Annual report on the Civil Veterinary Department, Burma (including the Insein Veterinary School) - 1932-1941
Year: 1932
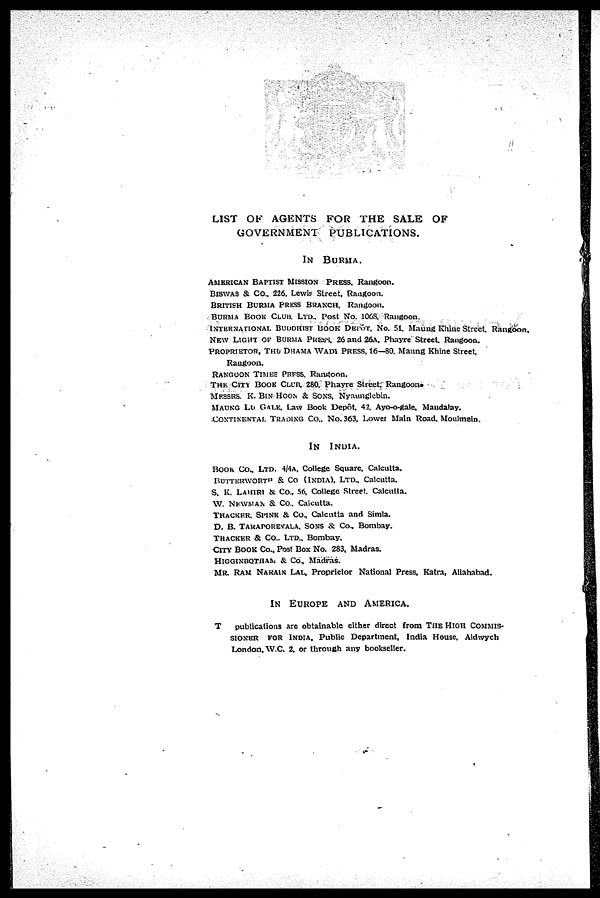
LIST OF AGENTS FOR THE SALE OF
GOVERNMENT PUBLICATIONS.
IN BURMA.
AMERICAN BAPTIST MISSION PRESS. Rangoon.
BISWAS & Co.. 226. Lewis Street. Rangoon.
BRITISH BURMA PRESS BRANCH. Rangoon.
BURMA BOOK CLUB. LTD.. Post No. 106S. Rangoon.
INTERNATIONAL BUDDHIST BOOK DEPOT. NO. 51. Mating Khine Street. Rangoon.
NEW LIGHT OK BURMA PRESS. 26 and 26A. Phayre Street Rangoon.
PROPRIETOR, THU DHAMA WADI PRESS. 16—80. Maung Khine Street,
Rangoon.
RANGOON TIMES PRESS. Rangoon.
THE CITY BOOK CLUB. 280. Phayre Street. Rangoon.
MESSRS. K. BIN HOON & SONS. Nyaunglebin.
MATING LU GALK, Law Book Depôt. 42. Ayc-o-gale. Maudalay.
CONTINENTAL TRADISG Co.. No. 363. Lower Main Road. Moulmeln.
IN
INDIA.
BOOK Co., LTD. 4/4A. College Square. Calcutta.
BUTTERWORTH & Co (INDIA). LTD.. Calcutta.
S. K. LAHIRI & Co., 56, College Street. Calcutta.
W. NEWMAN & Co., Calcutta.
THACKER, SPINK & Co. Calcutta and Simla.
D. B. TARAPOREVALA, SONS & Co., Bombay.
THACKER & CO., LTD., Bombay.
CITY BOOK Co., Post Box No. 283, Madras.
HIGGINBOTHAM & Co., Madras.
MR. RAM NARAIN LAL, Proprietor National Press, Katra, Allahabad.
IN EUROPE AND AMERICA.
T
publications are obtainable either direct from THE HIGH COMMIS-
SIONER FOR INDIA. Public Department, India House. Aldwych
London, W.C. 2. or through any bookseller.